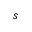
s